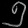
Digit: ၅